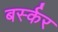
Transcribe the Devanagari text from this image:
बर्स्कर